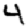
Digit: 4